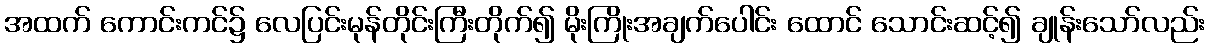
အထက် ကောင်းကင်၌ လေပြင်းမုန်တိုင်းကြီးတိုက်၍ မိုးကြိုးအချက်ပေါင်း ထောင် သောင်းဆင့်၍ ချုန်းသော်လည်း